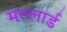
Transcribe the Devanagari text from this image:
मल्लार्ड